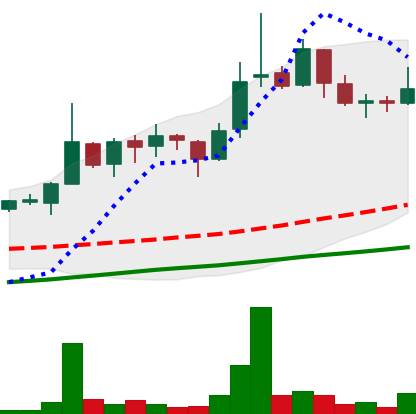
Ticker: LINK-USD
Chart end date: 2018-11-08
Forward return: 16.761%
Label: up_7plus